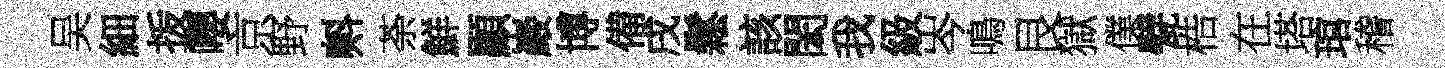
吴細㧞嚶京野㪺荼鮮顯巖博備戌鬆該閎我級岑鳴艮獄㒒甓梏在塔琯稽